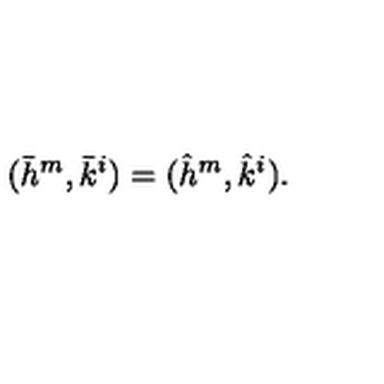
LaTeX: ( \bar { h } ^ { m } , \bar { k } ^ { i } ) = ( \hat { h } ^ { m } , \hat { k } ^ { i } ) .